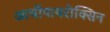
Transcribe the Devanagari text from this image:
आर्थोपायरोक्सिन